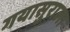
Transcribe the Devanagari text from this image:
गयासुराला